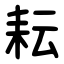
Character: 耘